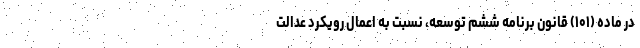
در ماده (۱۰۱) قانون برنامه ششم توسعه، نسبت به اعمال رویکرد عدالت